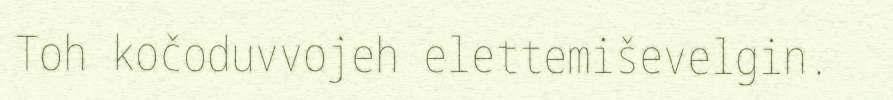
Toh kočoduvvojeh elettemiševelgin.